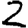
Digit: 2